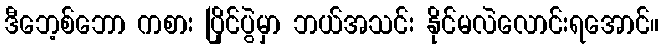
ဒီဘေ့စ်ဘော ကစား ပြိုင်ပွဲမှာ ဘယ်အသင်း နိုင်မလဲလောင်းရအောင်။